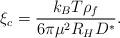
LaTeX: \begin{align*}\xi_{c} = \dfrac{k_{B}T\rho_{f}}{6 \pi \mu^{2} R_{H} D^{*}}.\end{align*}